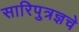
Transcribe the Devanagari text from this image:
सारिपुत्रज्ञचे